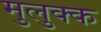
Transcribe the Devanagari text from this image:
मुलुक्क